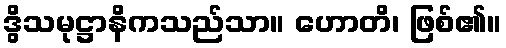
ဒွိသမုဋ္ဌာနိကသည်သာ။ ဟောတိ၊ ဖြစ်၏။